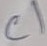
Text: C1